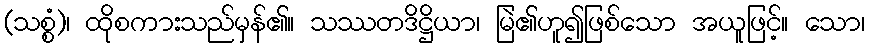
(သစ္စံ)၊ ထိုစကားသည်မှန်၏။ သဿတဒိဋ္ဌိယာ၊ မြဲ၏ဟူ၍ဖြစ်သော အယူဖြင့်။ သော၊